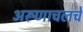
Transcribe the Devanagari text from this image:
अरूणाचलचे